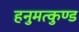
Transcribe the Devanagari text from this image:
हनुमत्कुण्ड